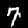
Label: 7